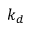
k _ { d }